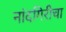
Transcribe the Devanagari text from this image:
नांदगिरीचा